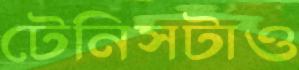
টেনিসটাও